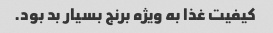
کیفیت غذا به ویژه برنج بسیار بد بود.